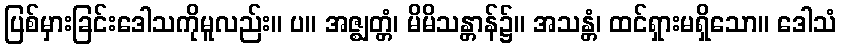
ပြစ်မှားခြင်းဒေါသကိုမူလည်း။ ပ။ အဇ္ဈတ္တံ၊ မိမိသန္တာန်၌။ အသန္တံ၊ ထင်ရှားမရှိသော။ ဒေါသံ